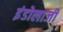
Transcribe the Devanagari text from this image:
इंडोलाजी